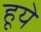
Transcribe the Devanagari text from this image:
हूये